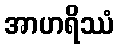
အာဟရိဿံ